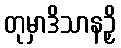
တုမှာဒိသာနဉှိ